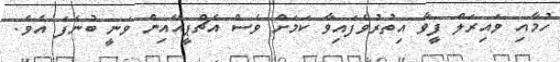
ހުމާއި ވައިރަލް ފީވާ އިތުރުވެފައިވާ ކަމަށް ވެސް އެޗްޕީއޭއިން ވަނީ ބުނެފަ އެވެ.